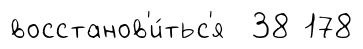
восстанов'и́тьс'я 38 178